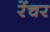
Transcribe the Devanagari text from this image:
रेंचर